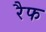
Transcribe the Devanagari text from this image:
रैफ